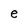
Character: e